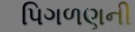
પિગળણની